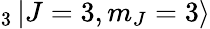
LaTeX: _{3}\mathinner{|{J=3,m_{J}=3}\rangle}